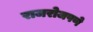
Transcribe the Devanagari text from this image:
राजरोजपणे